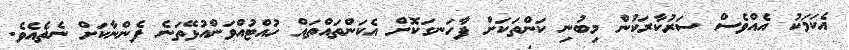
އެކަމަކު އެއްވެސް ސަރުކާރަކުން މިބުނި ކަންތަކަށް ފާހަނގަކޮށް އެކަންތައްތައް ހުއްޓުއްވަންއުޅޭތަނެ ފެންނާކަށް ނެތެއެވެ.